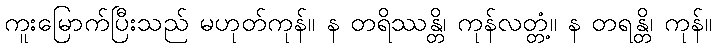
ကူးမြောက်ပြီးသည် မဟုတ်ကုန်။ န တရိဿန္တိ၊ ကုန်လတ္တံ့။ န တရန္တိ၊ ကုန်။